Indian journal of veterinary science and animal husbandry - Volume 8,
Year: 1938
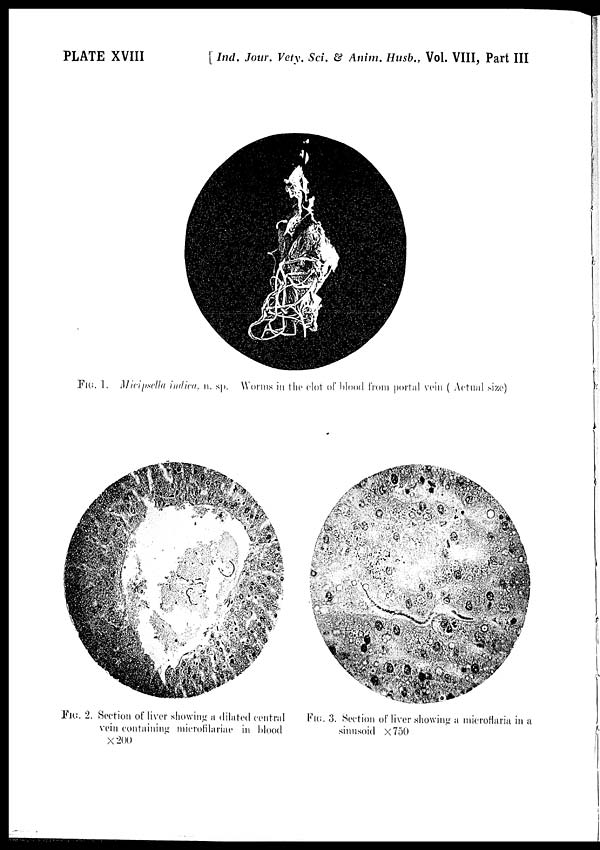
PLATE XVIII
[ Ind. Jour. Vety. Sci. & Anim. Husb., Vol. VIII, Part III
FIG. 1. Micipsella indica. n. sp. Worms in the clot of blood from portal vein ( Actual size)
FIG. 2. Section of liver showing a dilated central
vein containing microfilariae in blood
× 200
FIG. 3. Section of liver showing a microflaria in a
sinusoid × 750